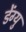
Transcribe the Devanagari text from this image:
डेंग्यु